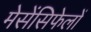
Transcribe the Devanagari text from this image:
मेसेंसिफेलों